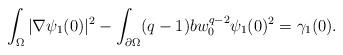
LaTeX: \begin{align*} \int_\Omega |\nabla \psi_1(0)|^2 - \int_{\partial \Omega} (q-1)b w_0^{q-2} \psi_1(0)^2 = \gamma_1(0). \end{align*}